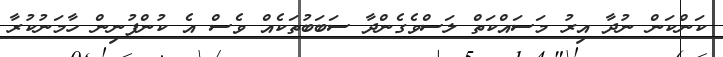
ކަންކަން ނުދާ އިރު މަސައްކަތް ލަސްވެގެންދާ ސަބަބުތަކެއް ވެސް އެ ކުންފުނިން ހާމަނުކުރާ